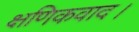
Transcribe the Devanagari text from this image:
क्षणिकवाद।